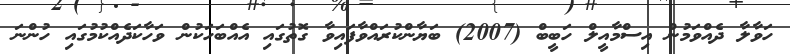
ހަވާލާ ދެއްވަމުން އިސްމާއީލް ހަބީބް (2007) ބަޔާންކުރައްވާފައިވާ ގޮތުގައި އެއްބަހަކުން ވަހާކަދެއްކުމުގައި ހުންނަ